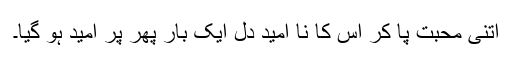
اتنی محبت پا کر اس کا نا امید دل ایک بار پھر پرُ امید ہو گیا۔